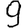
Digit: 9